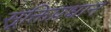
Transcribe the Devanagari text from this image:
सूक्तिप्रधान